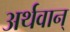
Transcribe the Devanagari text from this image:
अर्थवान्‌